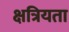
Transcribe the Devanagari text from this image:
क्षत्रियता